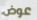
عوض